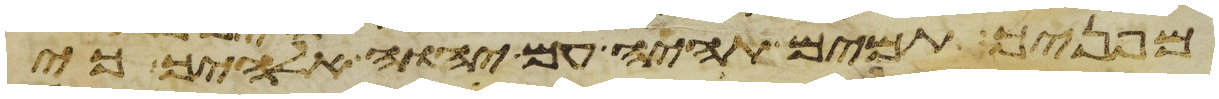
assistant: מפניך תמים תהיה עם יהוה אלהיך כי